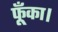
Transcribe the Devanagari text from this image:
फूँका।